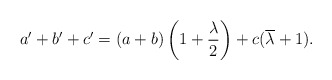
\begin{align*} a'+b'+c' = (a+b)\left(1 + \frac{\lambda}{2}\right) + c (\overline{\lambda} +1). \end{align*}